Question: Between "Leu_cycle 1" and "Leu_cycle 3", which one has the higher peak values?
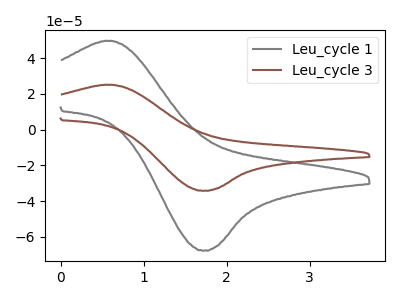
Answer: <think>The gray curve "Leu_cycle 1" has an anodic peak at (0.65V, 49.60uA) and a cathodic peak at (1.75V, -67.65uA). The brown curve "Leu_cycle 3" has an anodic peak at (0.65V, 25.05uA) and a cathodic peak at (1.75V, -34.20uA).</think>
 <answer>Every peak in "Leu_cycle 1" is higher than every peak in "Leu_cycle 3".</answer>
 <eval>higher</eval>